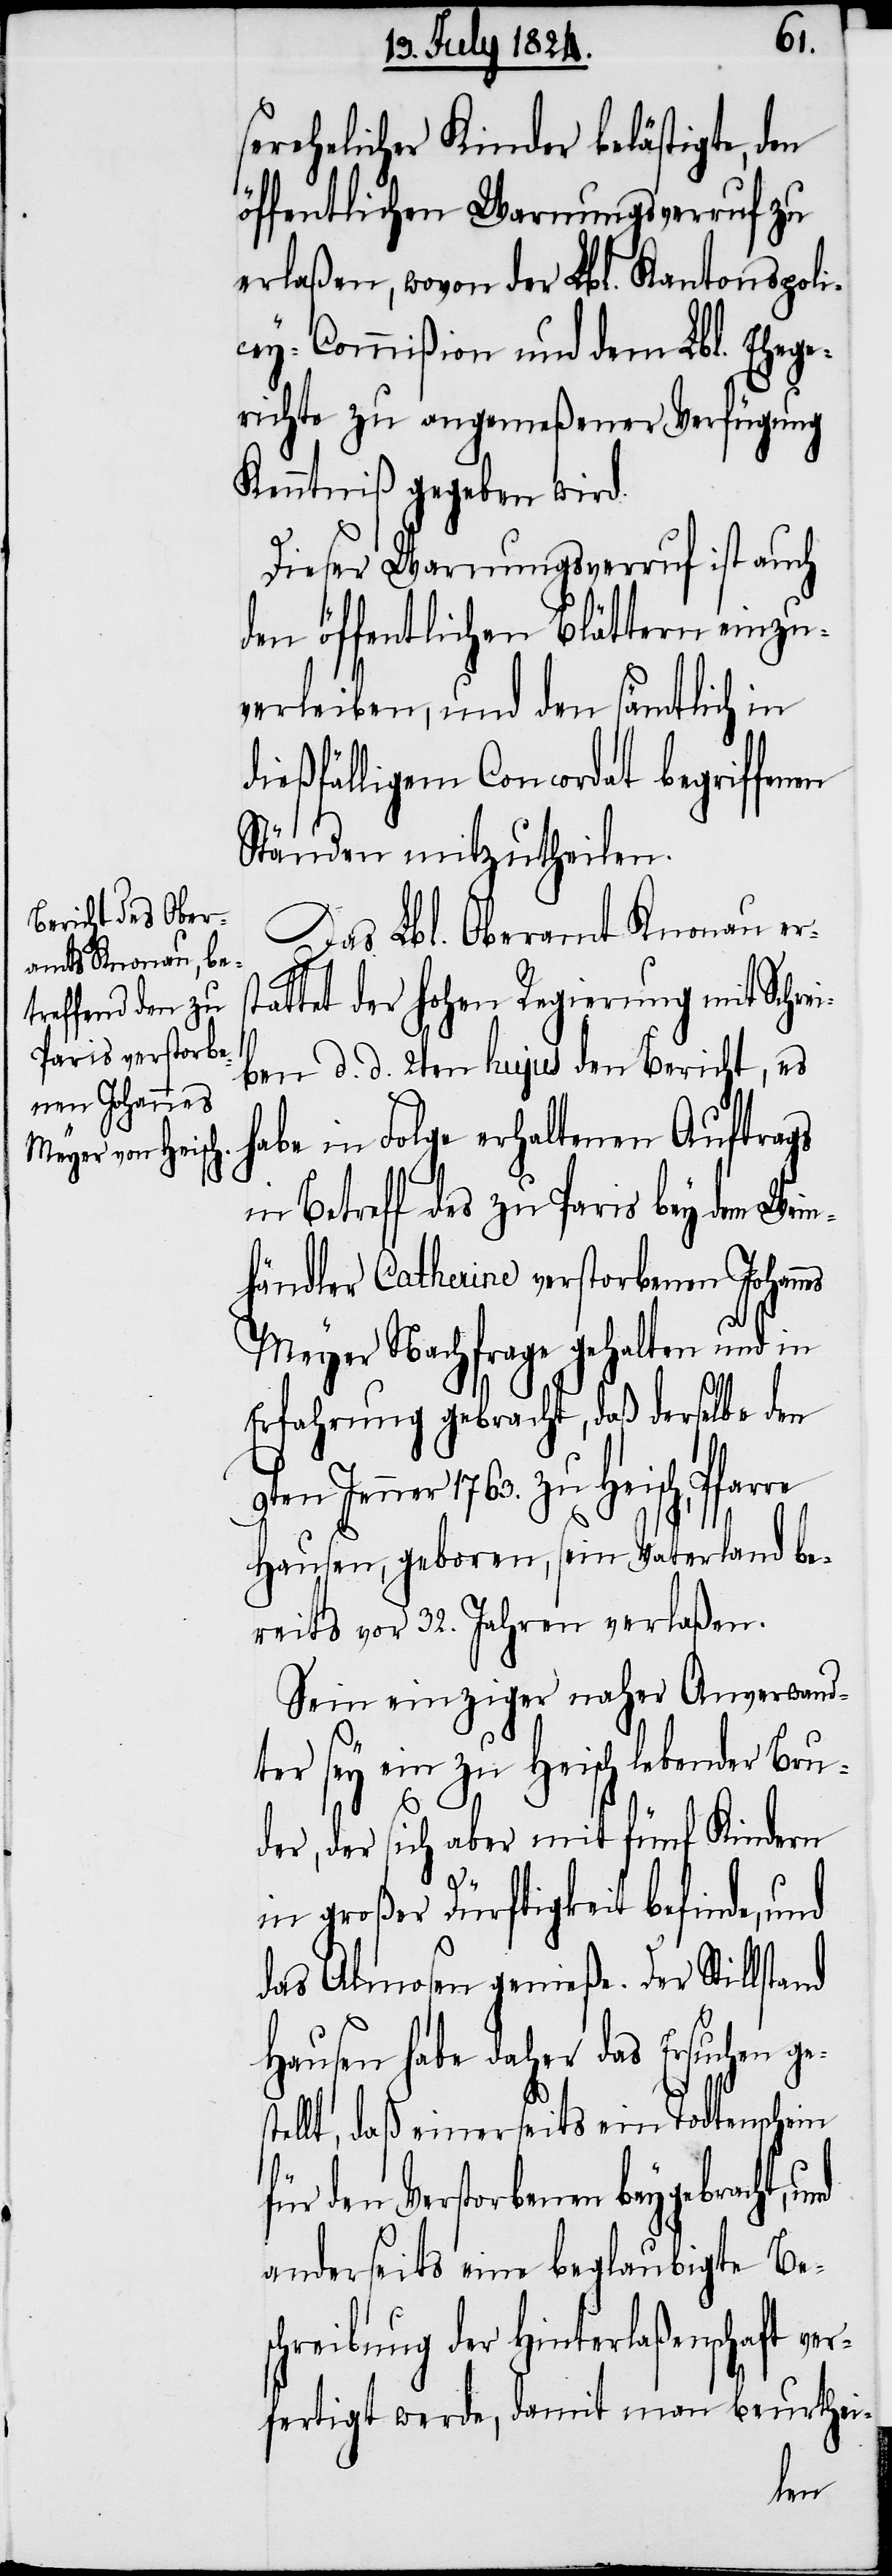
serehelicher Kinder belästigte, den
öffentlichen Warnungsverruf zu
erlaßen, wovon der Lbl. Kantonspoli¬
cey-Commißion und dem Lbl. Ehege¬
richte zu angemeßener Verfügung
Kenntniß gegeben wird.
Dieser Warnungsverruf ist auch
den öffentlichen Blättern einzu¬
verleiben, und den sämtlich in
dießfälligem Concordat begriffenen
Ständen mitzutheilen.
Das Lbl. Oberamt Knonau ers¬
tattet der hohen Regierung mit Schrei¬
ben d. d. 2ten hujus den Bericht,
es habe in Folge erhaltenen Auftrags
in Betreff des zu Paris bey dem Wein¬
händler Catherine verstorbenen Johann¬
Meyer Nachfrage gehalten und in
Erfahrung gebracht, daß derselbe den
9ten Jenner 1763. zu Heisch, Pfarre
Hausen, geboren, sein Vaterland be¬
reits vor 32. Jahren verlaßen.
Sein einziger naher Anverwand¬
ter sey ein zu Heisch lebender Bru¬
der, der sich aber mit fünf Kindern
in
in großer Dürftigkeit befinde, und
das Almosen genieße. Der Stillstand
Hausen habe daher das Ersuchen ge¬
llt, daß einerseits ein Todtensche¬
für den Verstorbenen beygebracht,
anderseits eine beglaubigte Be¬
schreibung der Hinterlaßenschaft ver¬
fertigt werde, damit man beurthei-